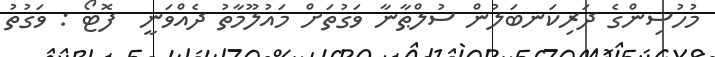
މުހުސިންގެ ދަރިކަނބަލުން ސުލްޠާނާ ވަގުތަށް މައުލޫމާތު ދެއްވަނީ  ފޮޓޯ : ވަގުތު